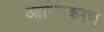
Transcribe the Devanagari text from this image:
आम्लिकरण